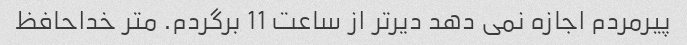
پیرمردم اجازه نمی دهد دیرتر از ساعت 11 برگردم. متر خداحافظ